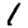
Digit: 1